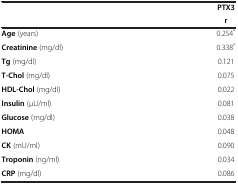
|  | PTX3 |
 |  | r |
 | --- | --- |
 | Age (years) | 0.254* |
 | Creatinine (mg/dl) | 0.338* |
 | Tg (mg/dl) | 0.121 |
 | T-Chol (mg/dl) | 0.075 |
 | HDL-Chol (mg/dl) | 0.022 |
 | Insulin (μU/ml) | 0.081 |
 | Glucose (mg/dl) | 0.038 |
 | HOMA | 0.048 |
 | CK (mU/ml) | 0.090 |
 | Troponin (ng/ml) | 0.034 |
 | CRP (mg/dl) | 0.086 |